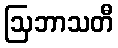
ဩဘာသတီ